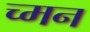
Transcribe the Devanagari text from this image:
च्मन